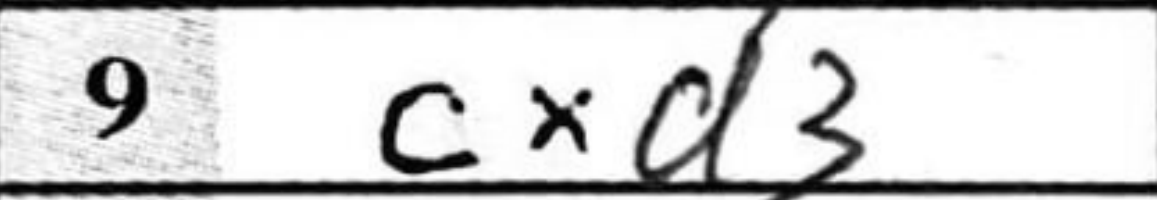
Transcription: cxd3